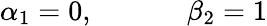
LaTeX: \alpha_{1}=0,\ \ \ \ \ \ \ \ \ \ \ \ \ \beta_{2}=1